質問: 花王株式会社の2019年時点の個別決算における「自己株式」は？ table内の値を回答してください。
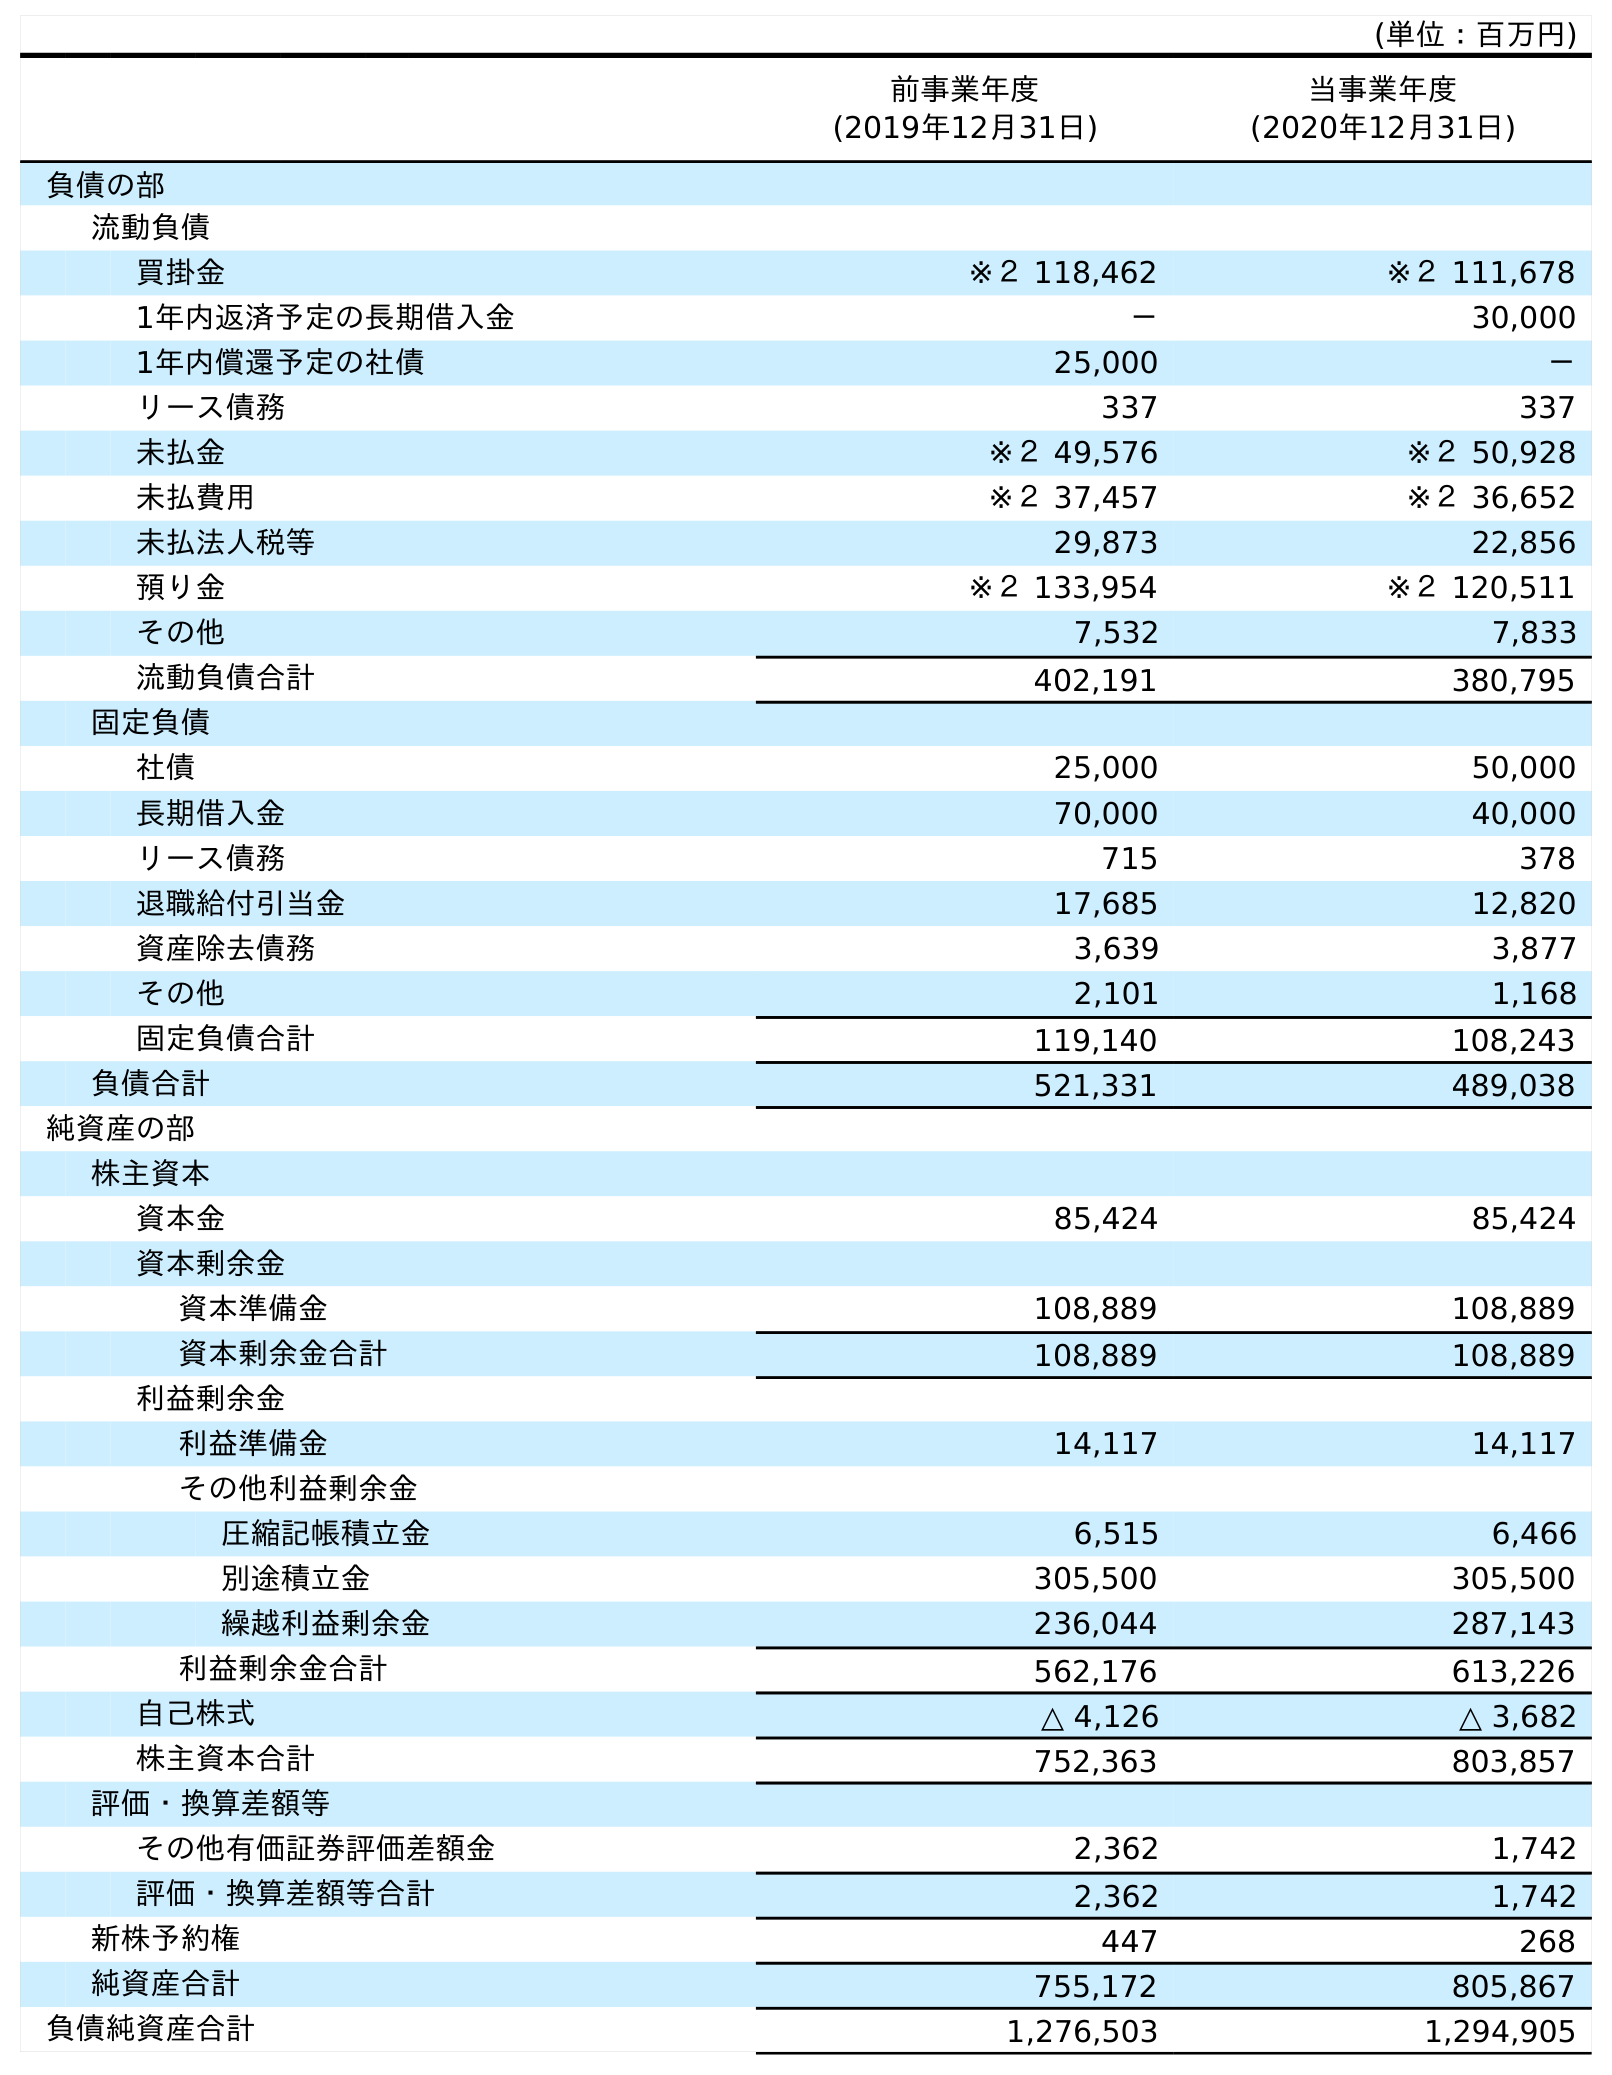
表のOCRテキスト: (単位：百万円) 前事業年度 (2019年12月31日) 当事業年度 (2020年12月31日) 負債の部 流動負債 買掛金 ※２ 118,462 ※２ 111,678 1年内返済予定の長期借入金 － 30,000 1年内償還予定の社債 25,000 － リース債務 337 337 未払金 ※２ 49,576 ※２ 50,928 未払費用 ※２ 37,457 ※２ 36,652 未払法人税等 29,873 22,856 預り金 ※２ 133,954 ※２ 120,511 その他 7,532 7,833 流動負債合計 402,191 380,795 固定負債 社債 25,000 50,000 長期借入金 70,000 40,000 リース債務 715 378 退職給付引当金 17,685 12,820 資産除去債務 3,639 3,877 その他 2,101 1,168 固定負債合計 119,140 108,243 負債合計 521,331 489,038 純資産の部 株主資本 資本金 85,424 85,424 資本剰余金 資本準備金 108,889 108,889 資本剰余金合計 108,889 108,889 利益剰余金 利益準備金 14,117 14,117 その他利益剰余金 圧縮記帳積立金 6,515 6,466 別途積立金 305,500 305,500 繰越利益剰余金 236,044 287,143 利益剰余金合計 562,176 613,226 自己株式 △ 4,126 △ 3,682 株主資本合計 752,363 803,857 評価・換算差額等 その他有価証券評価差額金 2,362 1,742 評価・換算差額等合計 2,362 1,742 新株予約権 447 268 純資産合計 755,172 805,867 負債純資産合計 1,276,503 1,294,905
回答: △4,126